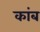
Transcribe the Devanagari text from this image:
कांब